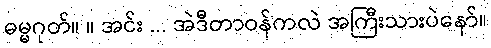
ဓမ္မဂုတ်။ ။ အင်း ... အဲဒီတာဝန်ကလဲ အကြီးသားပဲနော်။